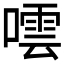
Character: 𭊤